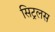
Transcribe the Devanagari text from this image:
सिट्रलस